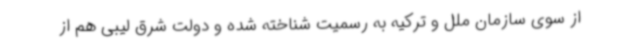
از سوی سازمان ملل و ترکیه به رسمیت شناخته شده و دولت شرق لیبی هم از